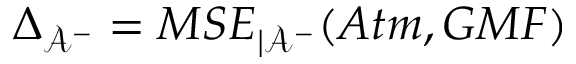
\Delta _ { \mathcal { A ^ { - } } } = M S E _ { | \mathcal { A ^ { - } } } ( A t m , G M F )